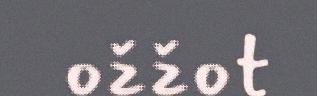
ožžot